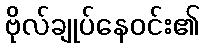
ဗိုလ်ချုပ်နေဝင်း၏